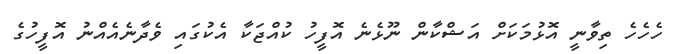
ހެހެހެ ތިވާނީ އޮޅުމަކަށް އަޝްކާން ނޫޅެނެ އޮފީހު ކުއްޖަކާ އެކުގައި ވެދާނެއެއްނު އޮފީހުގެ